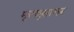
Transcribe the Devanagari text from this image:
मृत्युसागर